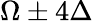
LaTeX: \Omega\pm 4\Delta